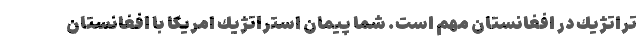
تراتژيك در افغانستان مهم است. شما پيمان استراتژيك امريكا با افغانستان